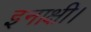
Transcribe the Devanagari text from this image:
इनाक्षी।